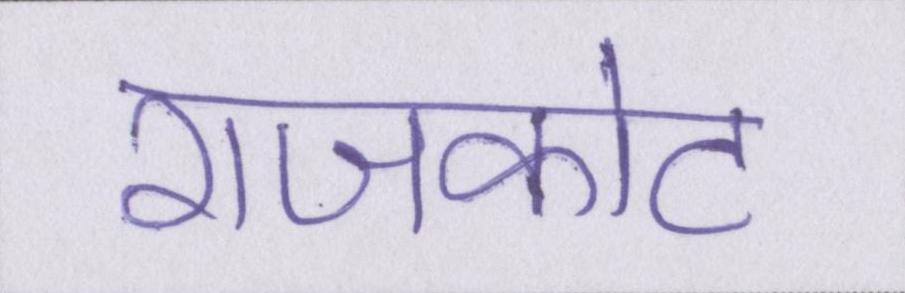
राजकोट